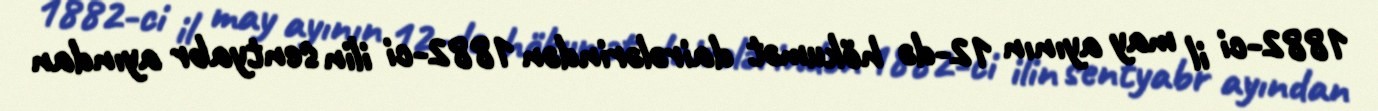
1882-ci il may ayının 12-də hökumət dairələrindən 1882-ci ilin sentyabr ayından